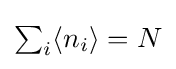
\textstyle \sum _{i}\langle n_{i}\rangle =N